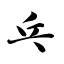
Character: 乓